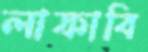
লাফাবি